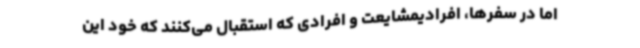
اما در سفرها، افرادیمشایعت و افرادی که استقبال می‌کنند که خود این